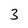
Character: 3